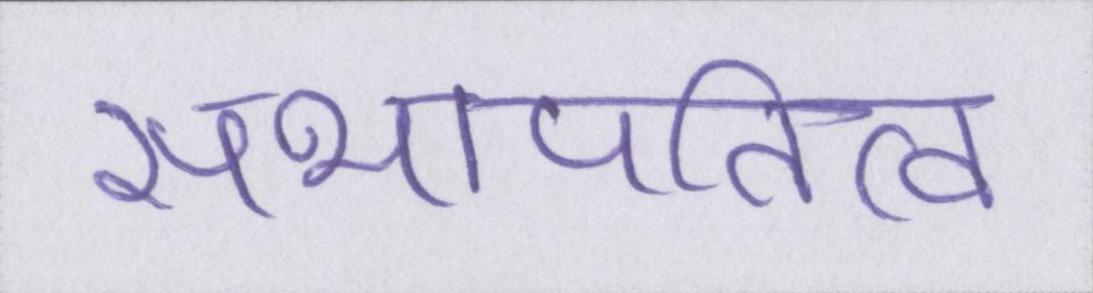
सभापतित्व